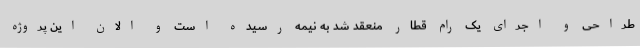
طراحی و اجرای یک رام قطار منعقد شد به نیمه رسیده است و الان این پروژه